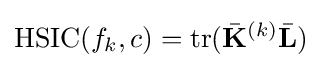
{\mbox{HSIC}}(f_{k},c)={\mbox{tr}}({\bar {\mathbf {K} }}^{(k)}{\bar {\mathbf {L} }})